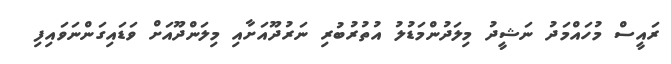
ރަައީސް މުހައްމަދު ނަޝީދު މިލަދުންމަޑުލު އުތުރުބުރި ނަރުދޫއަށާއި މިލަންދޫއަށް ވަޑައިގަންނަވައިފި